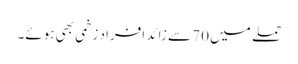
حملے میں 70 سے زائد افراد زخمی بھی ہوئے۔